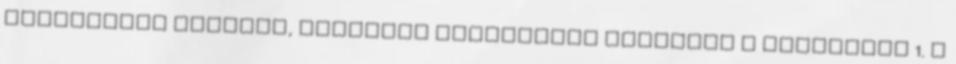
indítványa alapján, nemperes eljárásban meghozta a következő 1. A